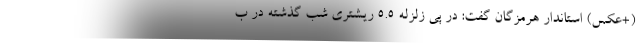
(+عکس) استاندار هرمزگان گفت: در پی زلزله ۵.۵ ریشتری شب گذشته در ب